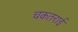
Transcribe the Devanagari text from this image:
चकतराई